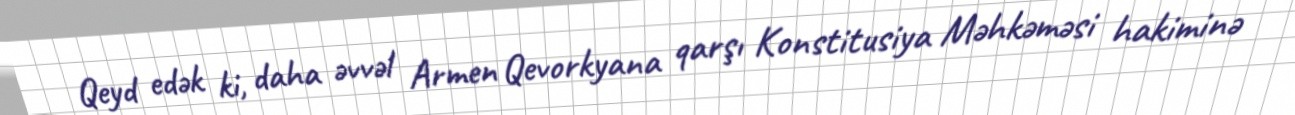
Qeyd edək ki, daha əvvəl Armen Qevorkyana qarşı Konstitusiya Məhkəməsi hakiminə